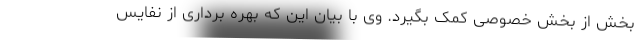
بخش از بخش خصوصی کمک بگیرد. وی با بیان این که بهره برداری از نفایس